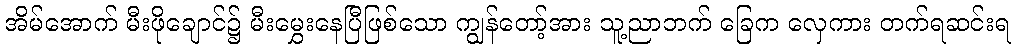
အိမ်အောက် မီးဖိုချောင်၌ မီးမွှေးနေပြီဖြစ်သော ကျွန်တော့်အား သူ့ညာဘက် ခြေက လှေကား တက်ရဆင်းရ